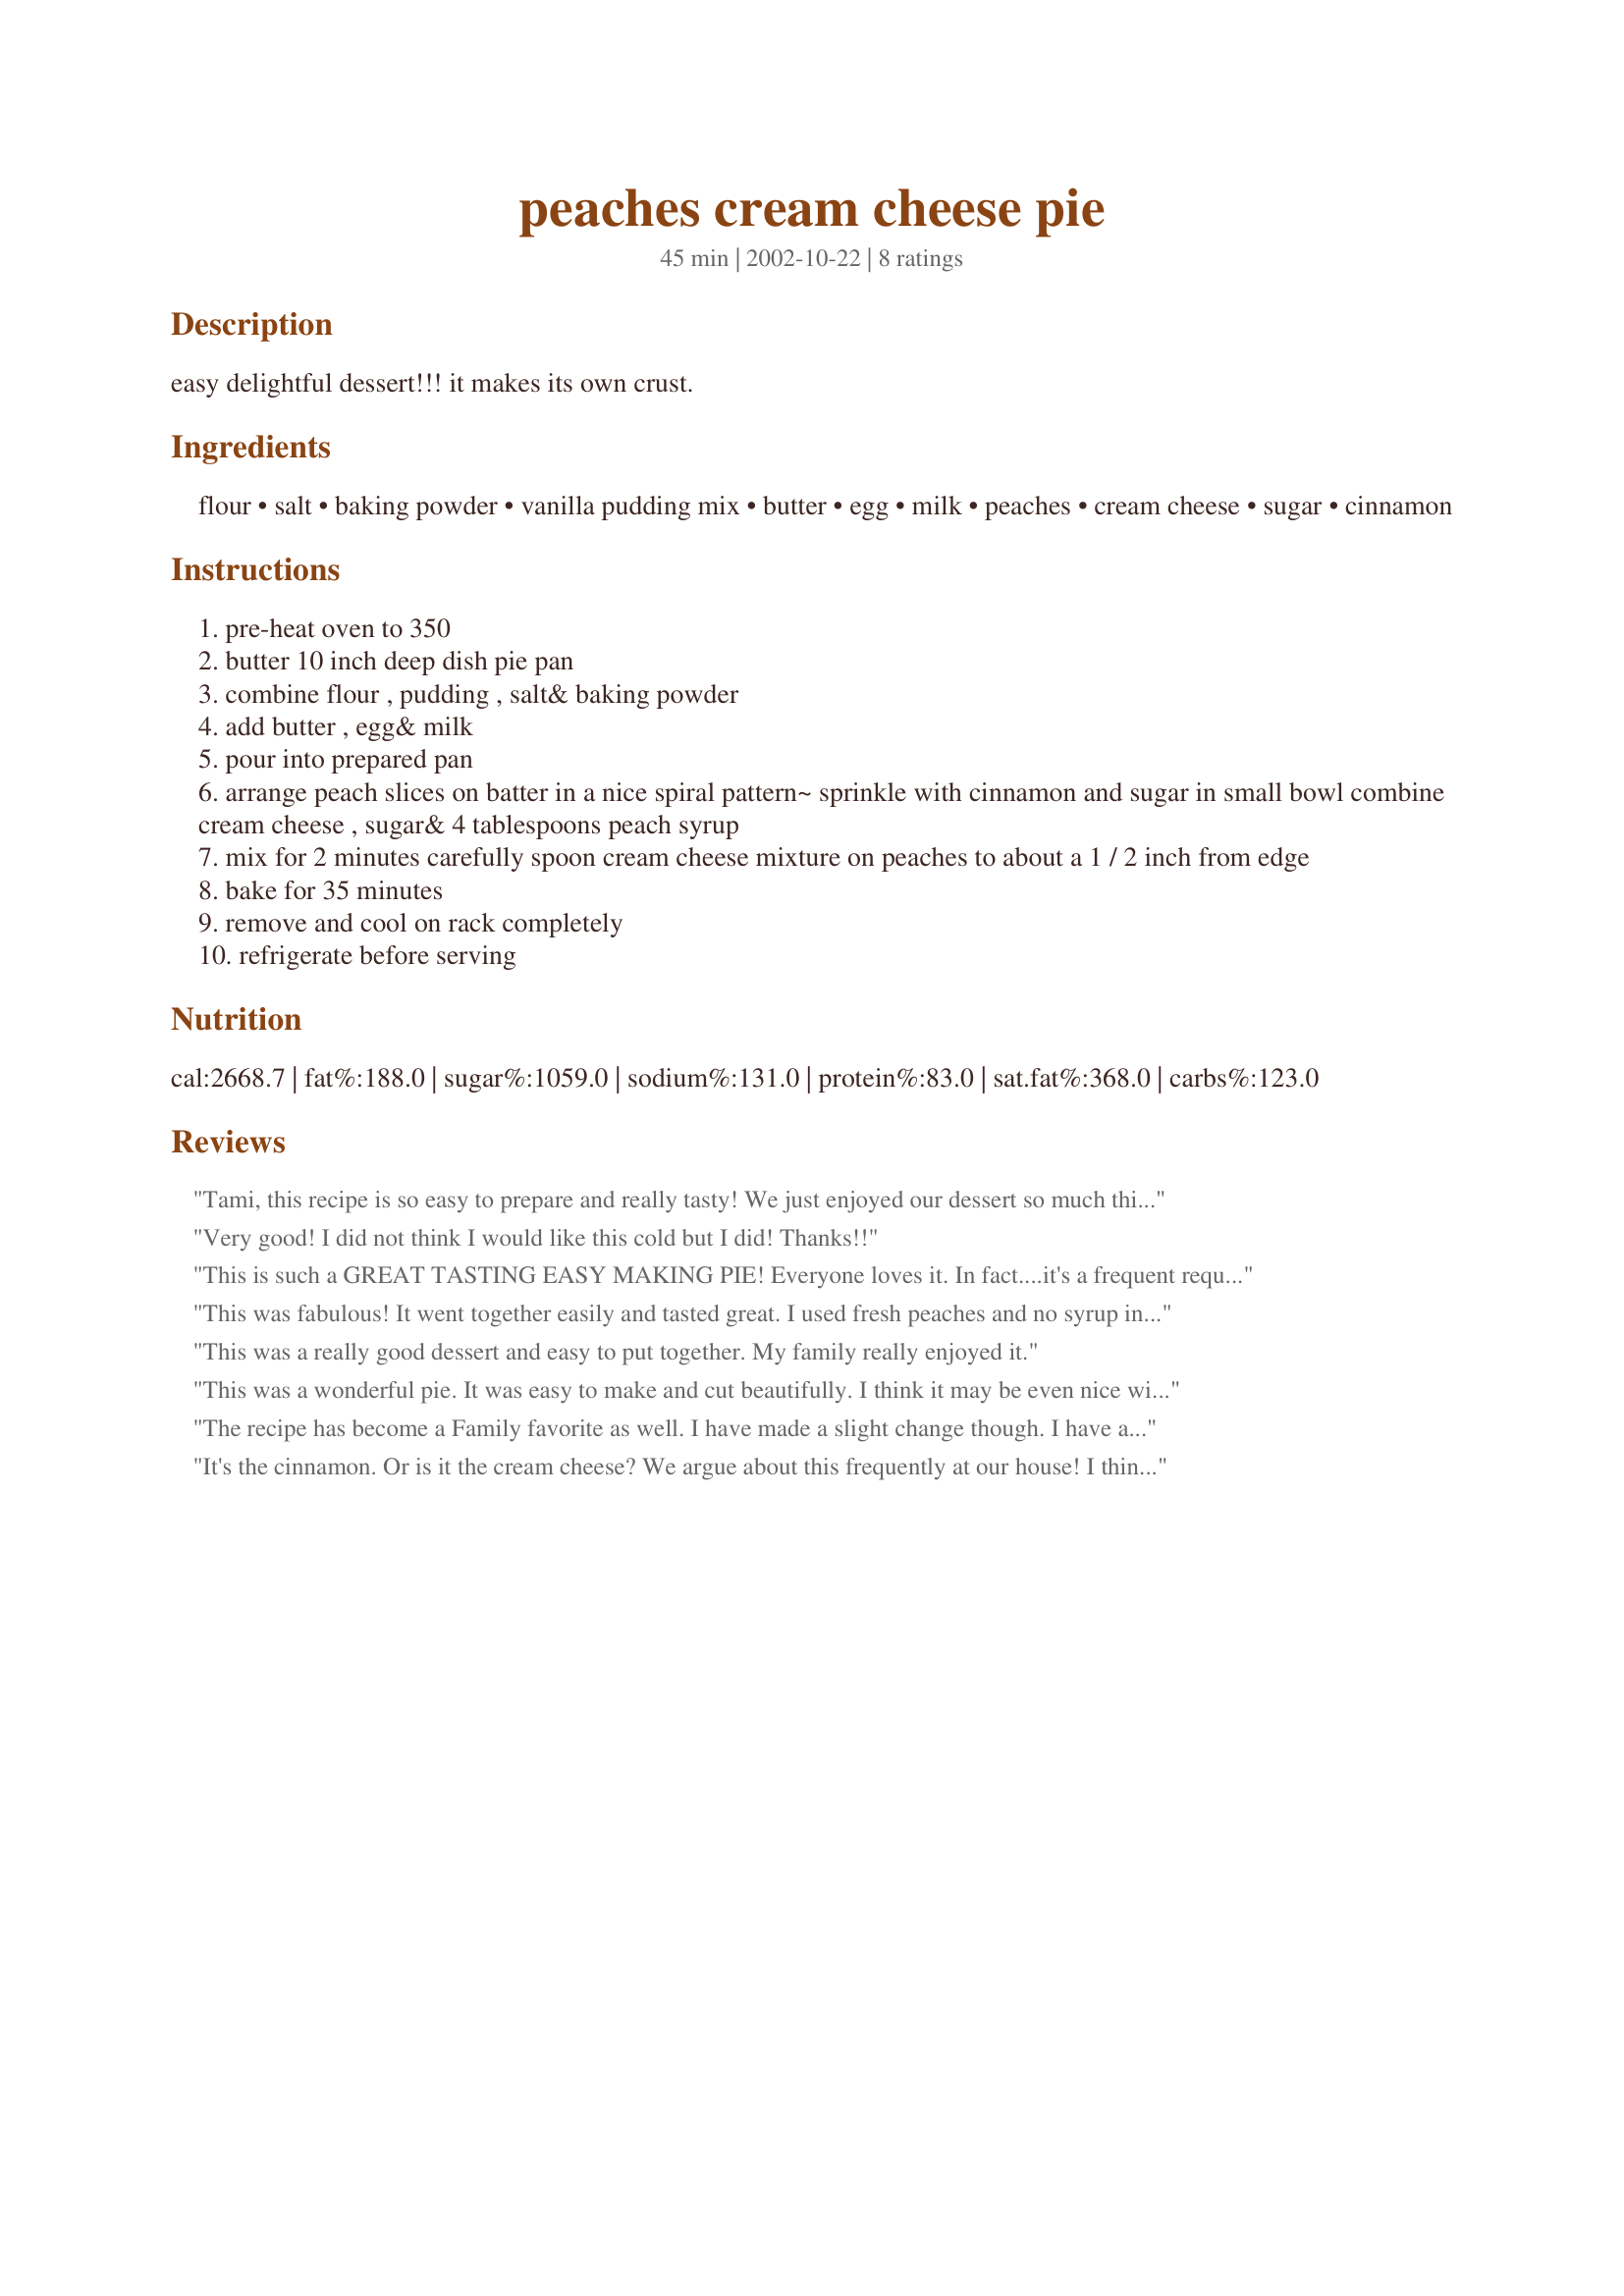
peaches cream cheese pie
Preparation time: 45 minutes

easy delightful dessert!!! it makes its own crust.

Ingredients:
flour, salt, baking powder, vanilla pudding mix, butter, egg, milk, peaches, cream cheese, sugar, cinnamon

Steps:
pre-heat oven to 350
butter 10 inch deep dish pie pan
combine flour , pudding , salt& baking powder
add butter , egg& milk
pour into prepared pan
arrange peach slices on batter in a nice spiral pattern~ sprinkle with cinnamon and sugar in small bowl combine cream cheese , sugar& 4 tablespoons peach syrup
mix for 2 minutes carefully spoon cream cheese mixture on peaches to about a 1 / 2 inch from edge
bake for 35 minutes
remove and cool on rack completely
refrigerate before serving

Reviews:
Tami, this recipe is so easy to prepare and really tasty! We just enjoyed our dessert so much this evening! I prepared as directed for an excellent treat! Thank you so much, Tami, for sharing this one!
Very good! I did not think I would like this cold but I did! Thanks!!
This is such a GREAT TASTING EASY MAKING PIE! Everyone loves it. In fact....it's a frequent request from my husband. I thought about trying blueberries sometime too!!! YUM YUM!!!!
This was fabulous! It went together easily and tasted great. I used fresh peaches and no syrup in the cream cheese mixture and it came out beautifully. Will be making this one again, maybe with other fruit. Thanks!
This was a really good dessert and easy to put together. My family really enjoyed it.
This was a wonderful pie. It was easy to make and cut beautifully.
I think it may be even nice with canned pears.
The recipe has become a Family favorite as well. I have made a slight change though. 

I have added 1/2 teaspoon of Vanilla powder to the cinnamon and sugar that is sprinkled over the peaches. The vanilla powder adds a depth, and smoothness to the taste.

Just delicious
It's the cinnamon. Or is it the cream cheese? We argue about this frequently at our house! I think the cinnamon, along with the peaches and cream cheese are what makes this dessert sing. My daughter thinks it's the cream cheese and the "crust"...either way, we adore this recipe. Creamy, rich and decadent, it's my favorite dessert. 
Thanks, Tami!
